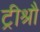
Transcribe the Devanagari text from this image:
ट्रीश्रौ